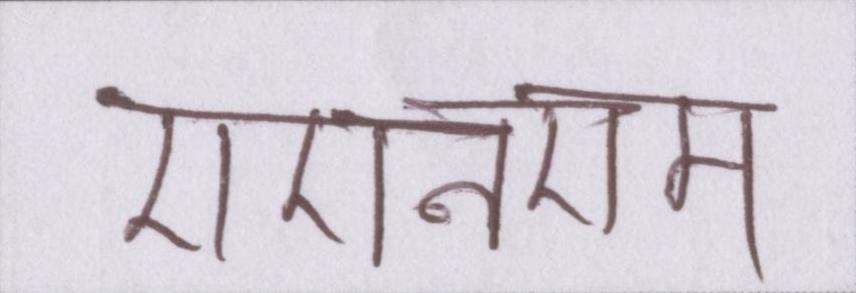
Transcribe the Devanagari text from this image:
एएनएम